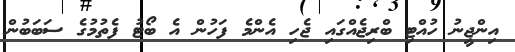
އިންޖީނު ހުއްޓި ބްރިޖެއްގައި ޖެހި އެންމެ ފަހުން އެ ބޯޓު ފެތުމުގެ ސަބަބުން